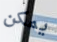
يمكن